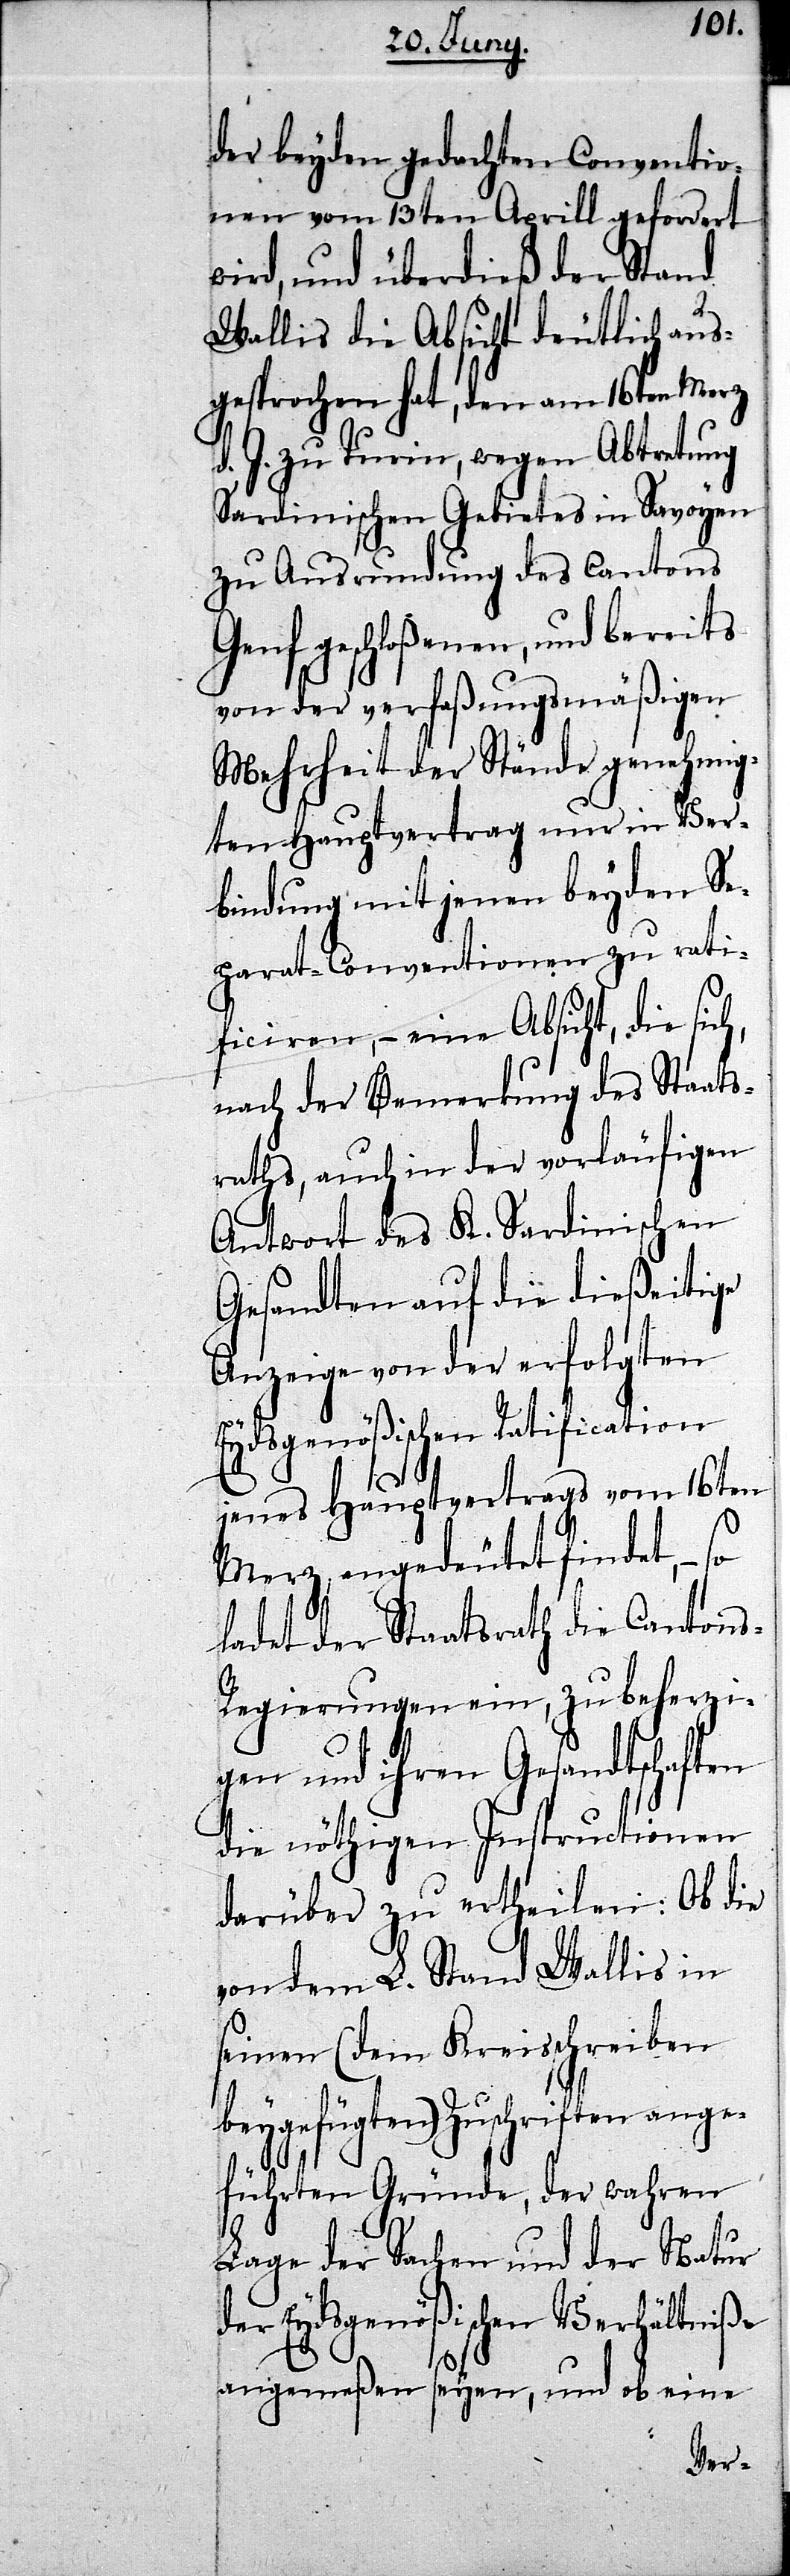
der beyden gedachten Conventio¬
nen vom 13ten Aprill geford¬
wird, nun überdieß d¬
rif¬
Wallis die Absicht deutl¬
gesprochen hat, den am
d. J. zu Turin, wegen Abtretung
Sardinischen Gebietes in Savoyen
zu Ausrundung des Cantons
Genf geschloßenen, und bereits
von der verfaßungsmäßigen
Mehrheit der Stände genehmig¬
ten Hauptvertrag nur in Ver¬
bindung mit jenen beyden Se¬
parat-Conventionen zu rati¬
ficiren, – eine Absicht, die si¬
nach der Bemerkung des Staats¬
raths, auch in der vorläufigen
Antwort des K. Sardinischen
Gesandten auf die dießeitige
Anzeige von der erfolgten
Eydsgenößischen Ratification
jenes Hauptvertrages vom 16ten
Merz, angedeutet findet, –
ladet der Staatsrath die Canton¬
s-Regierungen ein, zu beherzi¬
gen und ihren Gesandtsc¬
tionen
die nöthigen Instruc¬
darüber zu erth¬
von dem L. Stand Wallis
ten
seinen (dem Kreissch¬
ange¬
beygefügten) Zusch¬
führten Gründe, der wahren
Lage der Sachen und der Natur
der Eydsgenößischen Verhältniße
angemeßen seyen, und ob eine
ert